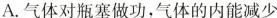
A.气体对瓶塞做功，气体的内能减少